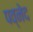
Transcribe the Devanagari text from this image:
पव्नेद